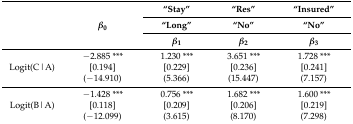
<table><thead><tr><td rowspan="3"></td><td rowspan="3"><b><i>β</i><sub>0</sub></b></td><td><b>“Stay”</b></td><td><b>“Res”</b></td><td><b>“Insured”</b></td></tr><tr><td><b>“Long”</b></td><td><b>“No”</b></td><td><b>“No”</b></td></tr><tr><td><b><i>β</i><sub>1</sub></b></td><td><b><i>β</i><sub>2</sub></b></td><td><b><i>β</i><sub>3</sub></b></td></tr></thead><tbody><tr><td>Logit(C|A)</td><td>−2.885 *** [0.194](−14.910)</td><td>1.230 *** [0.229] (5.366)</td><td>3.651 ***[0.236] (15.447)</td><td>1.728 ***[0.241](7.157)</td></tr><tr><td>Logit(B|A)</td><td>−1.428 *** [0.118] (−12.099)</td><td>0.756 *** [0.209] (3.615)</td><td>1.682 ***[0.206](8.170)</td><td>1.600 ***[0.219](7.298)</td></tr></tbody></table>